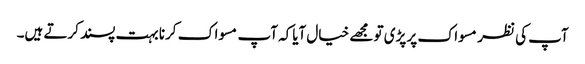
آپ کی نظر مسواک پر پڑی تو مجھے خیال آیاکہ آپ مسواک کرنا بہت پسند کرتے ہیں۔